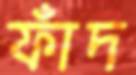
ফাঁদ